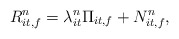
\begin{align*}R_{it, f}^n = \lambda_{it}^n \Pi_{it, f} + N_{it, f}^n,\end{align*}